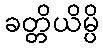
ခတ္တိယိမ္ပိ